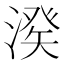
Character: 𣺍